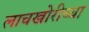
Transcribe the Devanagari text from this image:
लाचखोरीच्या